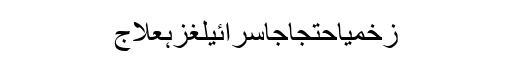
زخمیاحتجاجاسرائیلغزہعلاج